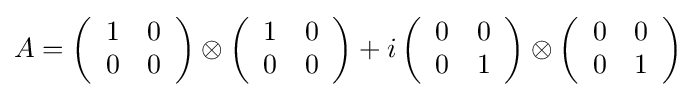
A=\left({\begin{array}{cc}1&0\\0&0\end{array}}\right)\otimes \left({\begin{array}{cc}1&0\\0&0\end{array}}\right)+i\left({\begin{array}{cc}0&0\\0&1\end{array}}\right)\otimes \left({\begin{array}{cc}0&0\\0&1\end{array}}\right)